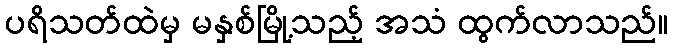
ပရိသတ်ထဲမှ မနှစ်မြို့သည့် အသံ ထွက်လာသည်။